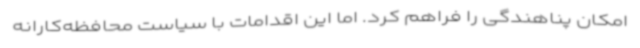
امکان پناهندگی را فراهم کرد. اما این اقدامات با سیاست محافظه‌کارانه